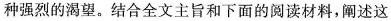
种强烈的渴望。结合全文主旨和下面的阅渎材料，阐述这